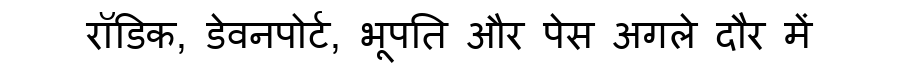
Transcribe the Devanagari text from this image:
रॉडिक, डेवनपोर्ट, भूपति और पेस अगले दौर में